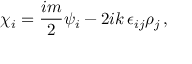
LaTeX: \chi _ { i } = \frac { i m } { 2 } \psi _ { i } - 2 i k \, \epsilon _ { i j } \rho _ { j } \, ,